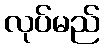
လုပ်မည်